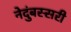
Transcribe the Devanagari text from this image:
नेदुंबस्सरी